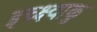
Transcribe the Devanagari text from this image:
इच्क्ष्वाकु